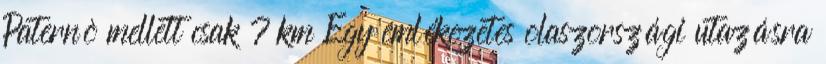
Paternò mellett csak 7 km Egy emlékezetes olaszországi utazásra